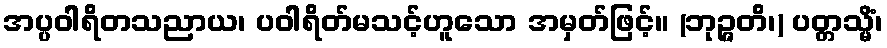
အပ္ပဝါရိတသညာယ၊ ပဝါရိတ်မသင့်ဟူသော အမှတ်ဖြင့်။ (ဘုဉ္ဇတိ၊) ပတ္တသ္မိံ၊